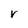
Character: V